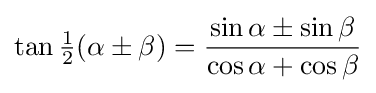
\tan {\tfrac {1}{2}}(\alpha \pm \beta )={\frac {\sin \alpha \pm \sin \beta }{\cos \alpha +\cos \beta }}